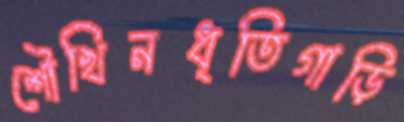
শৌখিনধৃতিগাড়ি